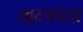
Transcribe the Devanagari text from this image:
खटकाता